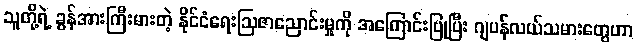
သူတို့ရဲ့ ခွန်အားကြီးမားတဲ့ နိုင်ငံရေးဩဇာညောင်းမှုကို အကြောင်းပြုပြီး ဂျပန်လယ်သမားတွေဟာ